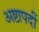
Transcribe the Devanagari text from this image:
अष्टापदीं